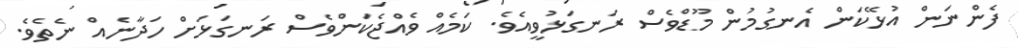
ފެންނަން އުޅޭކަން އެނގުމުން މޫޑްވެސް ރަނގަޅުވީއެވެ. ކަމެއް ވެއްޖެކަންވެސް ރަނގަޅަށް ހަދާނެއް ނެތެވެ.